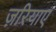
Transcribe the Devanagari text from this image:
ज़रियाए